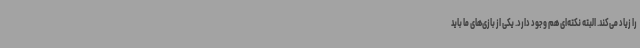
را زیاد می‌کند. البته نکته‌ای هم وجود دارد. یکی از بازی‌های ما باید